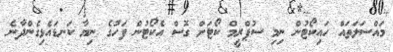
މައްސަލަތައް ހައިކޯޓުން ނިމި ސުޕްރީމް ކޯޓަށް ގޮސް އެކޯޓުން ފަހުގެ ނިޔާ ކަނޑައެޅިގެންދާނެ